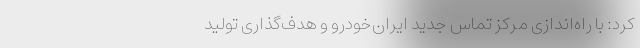
کرد:‌ با راه‌اندازی مرکز تماس جدید ایران‌خودرو و هدف‌گذاری تولید